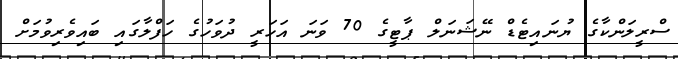
ސްރީލަންކާގެ ޔުނައިޓެޑް ނޭޝަނަލް ޕާޓީގެ 70 ވަނަ އަހަރީ ދުވަހުގެ ހަފްލާގައި ބައިވެރިވުމަށް